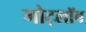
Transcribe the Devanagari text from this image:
गोट्लॉब